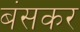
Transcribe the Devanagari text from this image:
बंसकर